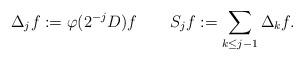
LaTeX: \begin{align*} \Delta_{j}f:=\varphi(2^{-j}D)f \ \ \ \ \ \ S_{j}f:=\sum_{k\leq j-1}\Delta_{k}f.\end{align*}